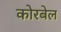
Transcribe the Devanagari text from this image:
कोरबेल